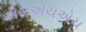
એસએચએચ